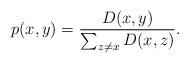
LaTeX: \begin{align*}p (x,y)=\frac{D(x,y)}{\sum_{z\neq x} D(x,z)}.\end{align*}